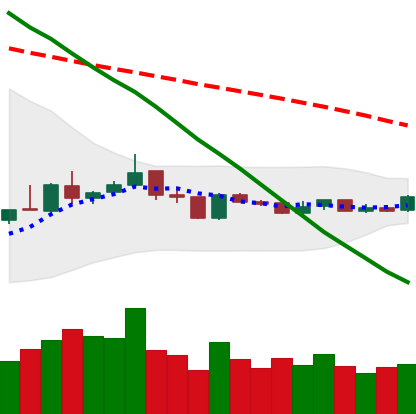
Ticker: XLM-USD
Chart end date: 2019-01-06
Forward return: -10.842%
Label: down_7plus